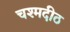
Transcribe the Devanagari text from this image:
चश्मदीठ